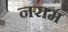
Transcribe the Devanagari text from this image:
नराम